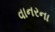
વાનરના